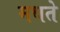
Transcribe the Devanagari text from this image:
मथते